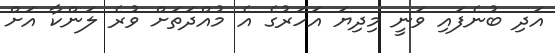
އަދި ބުނެފައި ވަނީ މިދިޔަ އަހަރުގެ އެ މުއްދަތަށް ވުރެ ލަންކާ އަށް